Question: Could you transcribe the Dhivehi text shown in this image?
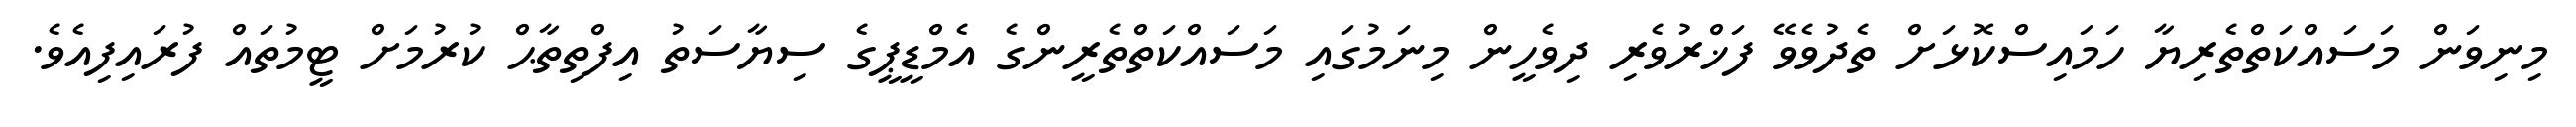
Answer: މިނިވަން މަސައްކަތްތެރިޔާ ހަމައިސްކޮޅަށް ތެދުވެވޭ ފަޚްރުވެރި ދިވެހީން މިނަމުގައި މަސައްކަތްތެރީންގެ އެމްޑީޕީގެ ސިޔާސަތު އިފްތިތާޙް ކުރުމަށް ޓީމުތައް ފުރައިފިއެވެ.